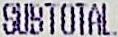
SUBTOTAL.